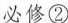
必修②